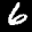
Digit: 6